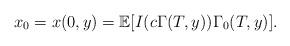
LaTeX: \begin{align*} x_0=x(0,y)=\mathbb{E}[I(c\Gamma(T,y))\Gamma_0(T,y)].\end{align*}